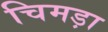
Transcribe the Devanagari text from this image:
चिमड़ा